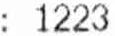
: 1223